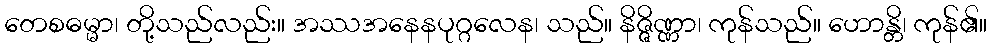
တေစဓမ္မာ၊ တို့သည်လည်း။ အဿအနေနပုဂ္ဂလေန၊ သည်။ နိဇ္ဇိဏ္ဏာ၊ ကုန်သည်။ ဟောန္တိ၊ ကုန်၏။